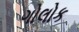
ગોલોક